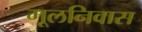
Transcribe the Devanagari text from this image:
मूलनिवास